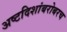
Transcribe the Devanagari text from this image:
अष्टदिशांबरोबरच